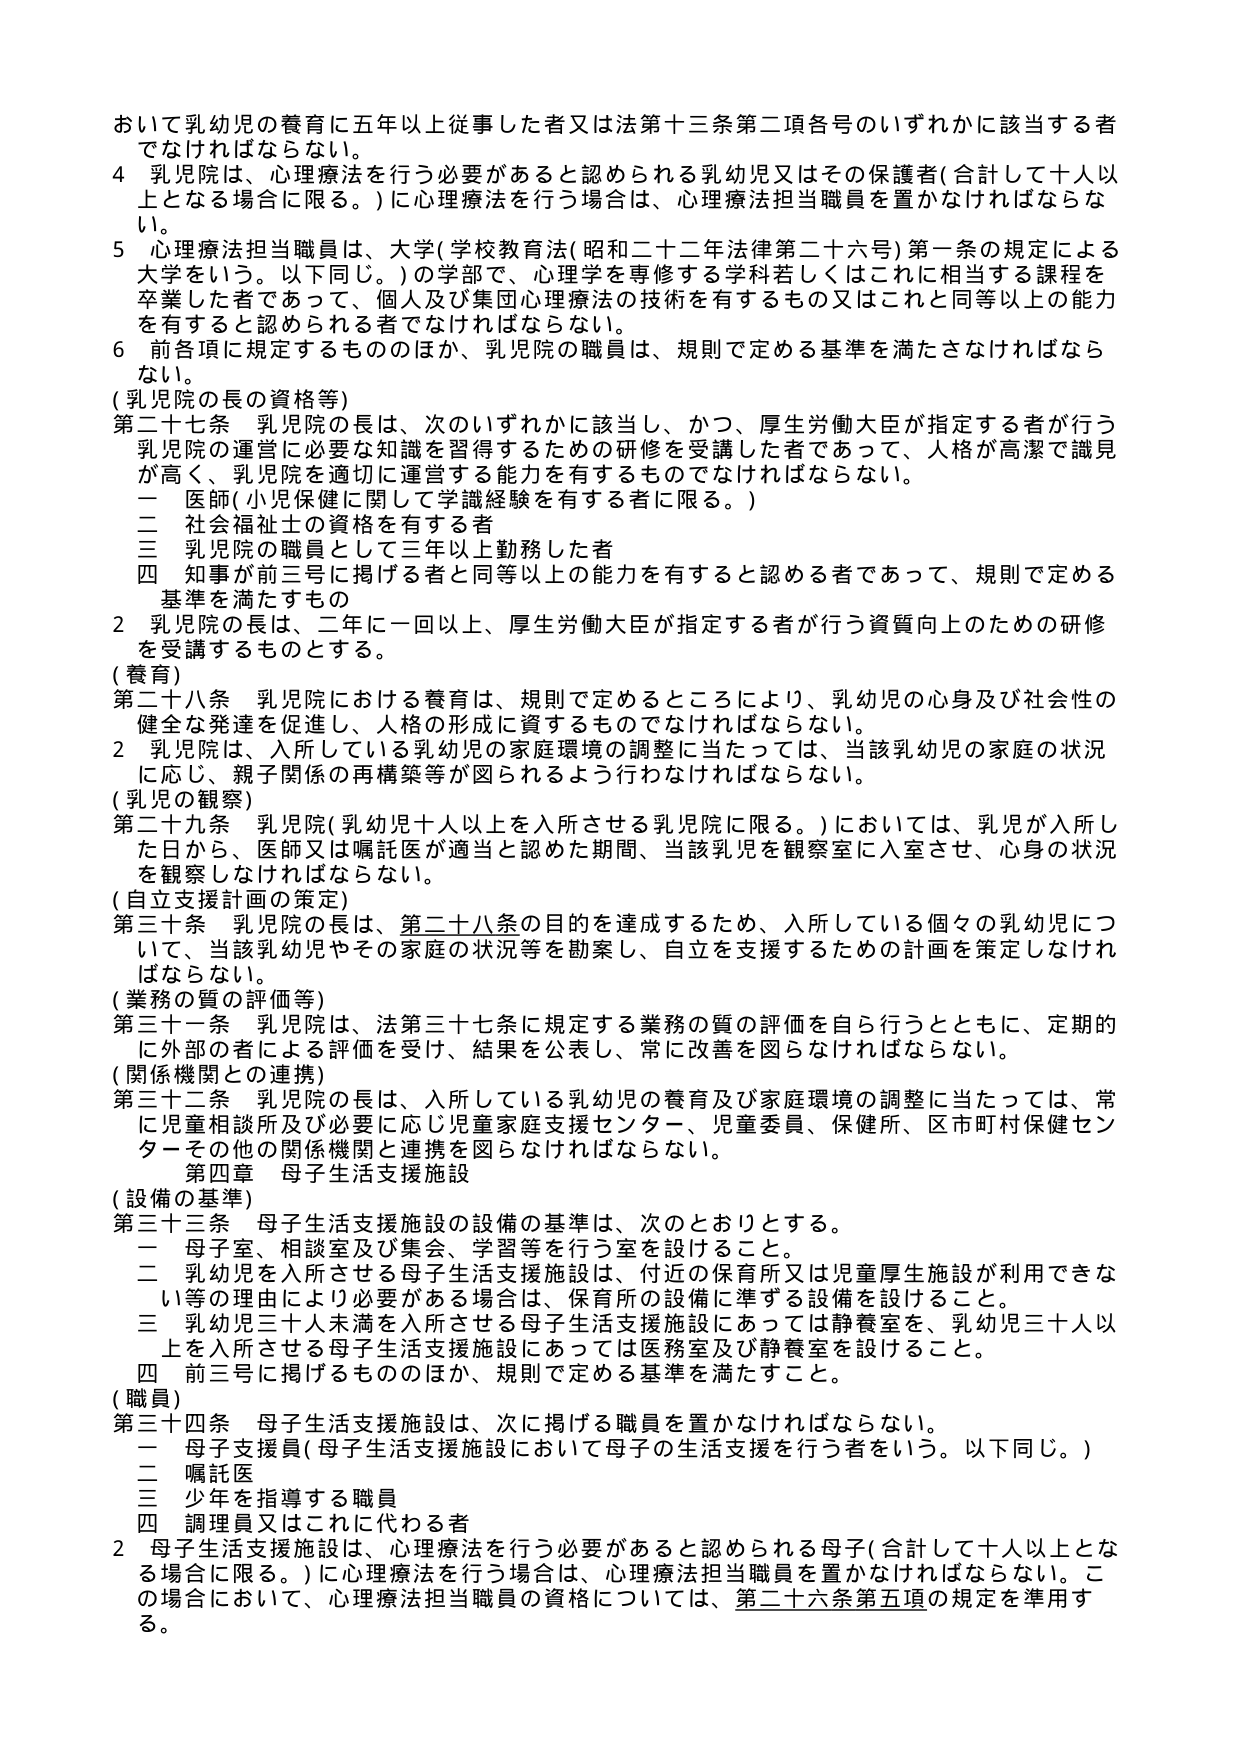
おいて乳幼児の養育に五年以上従事した者又は法第十三条第二項各号のいずれかに該当する者でなければならない。

4 乳児院は、心理療法を行う必要があると認められる乳幼児又はその保護者（合計して十人以上となる場合に限る。）に心理療法を行う場合は、心理療法担当職員を置かなければならない。

5 心理療法担当職員は、大学（学校教育法（昭和二十二年法律第二十六号）第一条の規定による大学をいう。以下同じ。）の学部で、心理学を専修する学科若しくはこれに相当する課程を卒業した者であって、個人及び集団心理療法の技術を有するもの又はこれと同等以上の能力を有すると認められる者でなければならない。

6 前各項に規定するもののほか、乳児院の職員は、規則で定める基準を満たさなければならない。

（乳児院の長の資格等）

第二十七条 乳児院の長は、次のいずれかに該当し、かつ、厚生労働大臣が指定する者が行う乳児院の運営に必要な知識を習得するための研修を受講した者であって、人格が高潔で識見が高く、乳児院を適切に運営する能力を有するものでなければならない。

一 医師（小児保健に関して学識経験を有する者に限る。）

二 社会福祉士の資格を有する者

三 乳児院の職員として三年以上勤務した者

四 知事が前三号に掲げる者と同等以上の能力を有すると認める者であって、規則で定める基準を満たすもの

2 乳児院の長は、二年に一回以上、厚生労働大臣が指定する者が行う資質向上のための研修を受講するものとする。

（養育）

第二十八条 乳児院における養育は、規則で定めるところにより、乳幼児の心身及び社会性の健全な発達を促進し、人格の形成に資するものでなければならない。

2 乳児院は、入所している乳幼児の家庭環境の調整に当たっては、当該乳幼児の家庭の状況に応じ、親子関係の再構築等が図られるよう行わなければならない。

（乳児の観察）

第二十九条 乳児院（乳幼児十人以上を入所させる乳児院に限る。）においては、乳児が入所した日から、医師又は嘱託医が適当と認めた期間、当該乳児を観察室に入室させ、心身の状況を観察しなければならない。

（自立支援計画の策定）

第三十条 乳児院の長は、第二十八条の目的を達成するため、入所している個々の乳幼児について、当該乳幼児やその家庭の状況等を勘案し、自立を支援するための計画を策定しなければならない。

（業務の質の評価等）

第三十一条 乳児院は、法第三十七条に規定する業務の質の評価を自ら行うとともに、定期的に外部の者による評価を受け、結果を公表し、常に改善を図らなければならない。

（関係機関との連携）

第三十二条 乳児院の長は、入所している乳幼児の養育及び家庭環境の調整に当たっては、常に児童相談所及び必要に応じ児童家庭支援センター、児童委員、保健所、区市町村保健センターその他の関係機関と連携を図らなければならない。

第四章 母子生活支援施設

（設備の基準）

第三十三条 母子生活支援施設の設備の基準は、次のとおりとする。

一 母子室、相談室及び集会、学習等を行う室を設けること。

二 乳幼児を入所させる母子生活支援施設は、付近の保育所又は児童厚生施設が利用できない等の理由により必要がある場合は、保育所の設備に準ずる設備を設けること。

三 乳幼児三十人未満を入所させる母子生活支援施設にあっては静養室を、乳幼児三十人以上を入所させる母子生活支援施設にあっては医務室及び静養室を設けること。

四 前三号に掲げるもののほか、規則で定める基準を満たすこと。

（職員）

第三十四条 母子生活支援施設は、次に掲げる職員を置かなければならない。

一 母子支援員（母子生活支援施設において母子の生活支援を行う者をいう。以下同じ。）

二 嘱託医

三 少年を指導する職員

四 調理員又はこれに代わる者

2 母子生活支援施設は、心理療法を行う必要があると認められる母子（合計して十人以上となる場合に限る。）に心理療法を行う場合は、心理療法担当職員を置かなければならない。この場合において、心理療法担当職員の資格については、第二十六条第五項の規定を準用する。